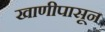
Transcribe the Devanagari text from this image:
खाणीपासून